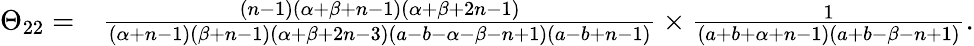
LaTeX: \begin{array}{rl}{\Theta_{22}=}&{\frac{\left(n-1\right)\left(\alpha+\beta+n-1\right)\left(\alpha+\beta+2n-1\right)}{\left(\alpha{+}n{-}1\right)\left(\beta{+}n{-}1\right)\left(\alpha{+}\beta{+}2n{-}3\right)\left(a{-}b{-}\alpha{-}\beta{-}n{+}1\right)\left(a{-}b{+}n{-}1\right)}\times\frac{1}{\left(a{+}b{+}\alpha{+}n{-}1\right)\left(a{+}b{-}\beta{-}n{+}1\right)}.}\end{array}